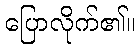
ပြောလိုက်၏။